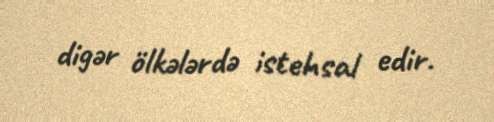
digər ölkələrdə istehsal edir.